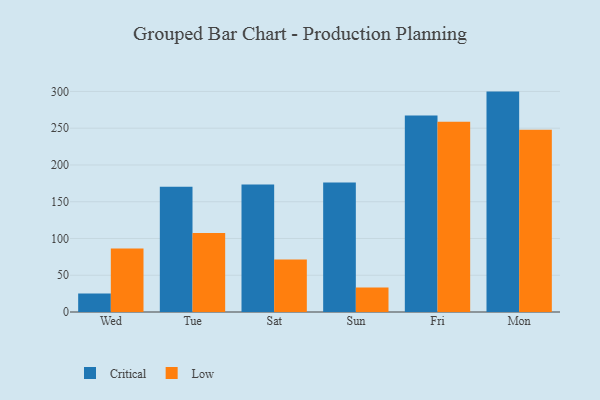
{"axis": {"x": "Day", "y": "Churn Rate (%)"}, "legend": ["Critical", "Low"], "data": [{"x": "Wed", "y": 25.2, "type": "Critical"}, {"x": "Wed", "y": 86.5, "type": "Low"}, {"x": "Tue", "y": 170.4, "type": "Critical"}, {"x": "Tue", "y": 107.3, "type": "Low"}, {"x": "Sat", "y": 173.5, "type": "Critical"}, {"x": "Sat", "y": 71.5, "type": "Low"}, {"x": "Sun", "y": 176.3, "type": "Critical"}, {"x": "Sun", "y": 33.3, "type": "Low"}, {"x": "Fri", "y": 267.2, "type": "Critical"}, {"x": "Fri", "y": 258.7, "type": "Low"}, {"x": "Mon", "y": 299.8, "type": "Critical"}, {"x": "Mon", "y": 248.0, "type": "Low"}]}